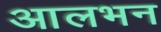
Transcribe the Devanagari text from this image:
आलभन